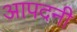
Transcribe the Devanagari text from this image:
आपदनी